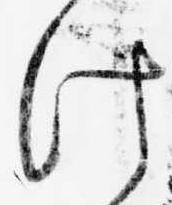
け